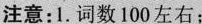
注意：1.词数100左右；